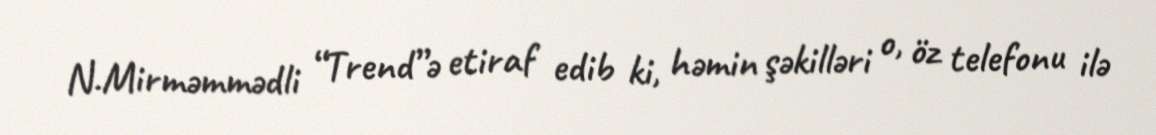
N.Mirməmmədli “Trend”ə etiraf edib ki, həmin şəkilləri o, öz telefonu ilə